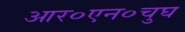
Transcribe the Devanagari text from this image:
आर०एन०चुघ